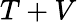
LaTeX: T+V